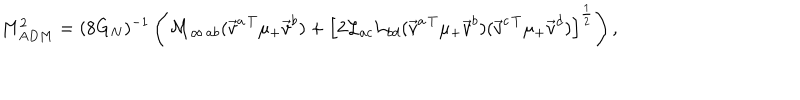
M _ { A D M } ^ { 2 } = ( 8 G _ { N } ) ^ { - 1 } \left( { } { \cal M } _ { \infty \, a b } ( { \vec { v } } ^ { a \, T } \mu _ { + } { \vec { v } } ^ { b } ) + \left[ { 2 } { \cal L } _ { a c } { \cal L } _ { b d } ( { \vec { v } } ^ { a \, T } \mu _ { + } { \vec { v } } ^ { b } ) ( { \vec { v } } ^ { c \, T } \mu _ { + } { \vec { v } } ^ { d } ) \right] ^ { \frac { 1 } { 2 } } \right) ,